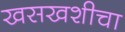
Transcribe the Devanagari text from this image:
खसखशीचा